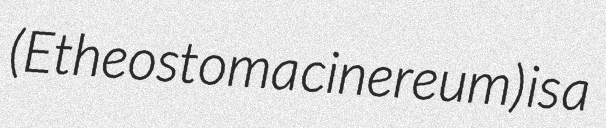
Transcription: (Etheostoma cinereum) is a